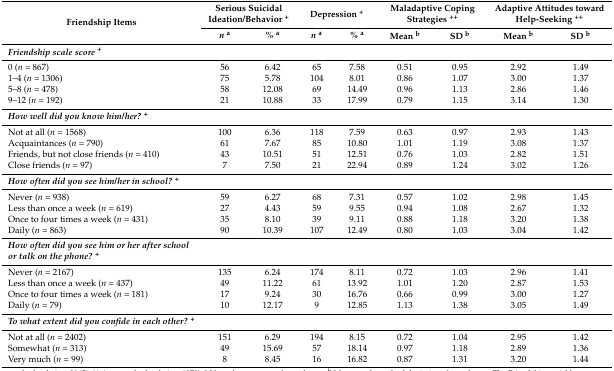
<table><thead><tr><td rowspan="2"><b>Friendship Items</b></td><td colspan="2"><b>Serious Suicidal Ideation/Behavior <sup>+</sup></b></td><td colspan="2"><b>Depression <sup>+</sup></b></td><td colspan="2"><b>Maladaptive Coping Strategies <sup>++</sup></b></td><td colspan="2"><b>Adaptive Attitudes toward Help-Seeking <sup>++</sup></b></td></tr><tr><td><b><i>n</i><sup>a</sup></b></td><td><b>% <sup>a</sup></b></td><td><b><i>n</i><sup>a</sup></b></td><td><b>% <sup>a</sup></b></td><td><b>Mean <sup>b</sup></b></td><td><b>SD <sup>b</sup></b></td><td><b>Mean <sup>b</sup></b></td><td><b>SD <sup>b</sup></b></td></tr></thead><tbody><tr><td><b><i>Friendship scale score <sup>+</sup></i></b></td><td></td><td></td><td></td><td></td><td></td><td></td><td></td><td></td></tr><tr><td>0 (<i>n</i> = 867)</td><td>56</td><td>6.42</td><td>65</td><td>7.58</td><td>0.51</td><td>0.95</td><td>2.92</td><td>1.49</td></tr><tr><td>1–4 (<i>n</i> = 1306)</td><td>75</td><td>5.78</td><td>104</td><td>8.01</td><td>0.86</td><td>1.07</td><td>3.00</td><td>1.37</td></tr><tr><td>5–8 (<i>n</i> = 478)</td><td>58</td><td>12.08</td><td>69</td><td>14.49</td><td>0.96</td><td>1.13</td><td>2.86</td><td>1.46</td></tr><tr><td>9–12 (<i>n</i> = 192)</td><td>21</td><td>10.88</td><td>33</td><td>17.99</td><td>0.79</td><td>1.15</td><td>3.14</td><td>1.30</td></tr><tr><td><b><i>How well did you know him/her? <sup>+</sup></i></b></td><td></td><td></td><td></td><td></td><td></td><td></td><td></td><td></td></tr><tr><td>Not at all (<i>n</i> = 1568)</td><td>100</td><td>6.36</td><td>118</td><td>7.59</td><td>0.63</td><td>0.97</td><td>2.93</td><td>1.43</td></tr><tr><td>Acquaintances (<i>n</i> = 790)</td><td>61</td><td>7.67</td><td>85</td><td>10.80</td><td>1.01</td><td>1.19</td><td>3.08</td><td>1.37</td></tr><tr><td>Friends, but not close friends (<i>n</i> = 410)</td><td>43</td><td>10.51</td><td>51</td><td>12.51</td><td>0.76</td><td>1.03</td><td>2.82</td><td>1.51</td></tr><tr><td>Close friends (<i>n</i> = 97)</td><td>7</td><td>7.50</td><td>21</td><td>22.94</td><td>0.89</td><td>1.24</td><td>3.02</td><td>1.26</td></tr><tr><td><b><i>How often did you see him/her in school? <sup>+</sup></i></b></td><td></td><td></td><td></td><td></td><td></td><td></td><td></td><td></td></tr><tr><td>Never (<i>n</i> = 938)</td><td>59</td><td>6.27</td><td>68</td><td>7.31</td><td>0.57</td><td>1.02</td><td>2.98</td><td>1.45</td></tr><tr><td>Less than once a week (<i>n</i> = 619)</td><td>27</td><td>4.43</td><td>59</td><td>9.55</td><td>0.94</td><td>1.08</td><td>2.67</td><td>1.32</td></tr><tr><td>Once to four times a week (<i>n</i> = 431)</td><td>35</td><td>8.10</td><td>39</td><td>9.11</td><td>0.88</td><td>1.18</td><td>3.20</td><td>1.38</td></tr><tr><td>Daily (<i>n</i> = 863)</td><td>90</td><td>10.39</td><td>107</td><td>12.49</td><td>0.80</td><td>1.03</td><td>3.04</td><td>1.42</td></tr><tr><td><b><i>How often did you see him or her after school or talk on the phone? <sup>+</sup></i></b></td><td></td><td></td><td></td><td></td><td></td><td></td><td></td><td></td></tr><tr><td>Never (<i>n</i> = 2167)</td><td>135</td><td>6.24</td><td>174</td><td>8.11</td><td>0.72</td><td>1.03</td><td>2.96</td><td>1.41</td></tr><tr><td>Less than once a week (<i>n</i> = 437)</td><td>49</td><td>11.22</td><td>61</td><td>13.92</td><td>1.01</td><td>1.20</td><td>2.87</td><td>1.53</td></tr><tr><td>Once to four times a week (<i>n</i> = 181)</td><td>17</td><td>9.24</td><td>30</td><td>16.76</td><td>0.66</td><td>0.99</td><td>3.00</td><td>1.27</td></tr><tr><td>Daily (<i>n</i> = 79)</td><td>10</td><td>12.17</td><td>9</td><td>12.85</td><td>1.13</td><td>1.38</td><td>3.05</td><td>1.49</td></tr><tr><td><b><i>To what extent did you confide in each other? <sup>+</sup></i></b></td><td></td><td></td><td></td><td></td><td></td><td></td><td></td><td></td></tr><tr><td>Not at all (<i>n</i> = 2402)</td><td>151</td><td>6.29</td><td>194</td><td>8.15</td><td>0.72</td><td>1.04</td><td>2.95</td><td>1.42</td></tr><tr><td>Somewhat (<i>n</i> = 313)</td><td>49</td><td>15.69</td><td>57</td><td>18.14</td><td>0.97</td><td>1.18</td><td>2.89</td><td>1.36</td></tr><tr><td>Very much (<i>n</i> = 99)</td><td>8</td><td>8.45</td><td>16</td><td>16.82</td><td>0.87</td><td>1.31</td><td>3.20</td><td>1.44</td></tr></tbody></table>